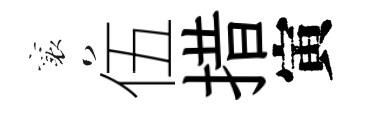
襄伍措寅